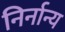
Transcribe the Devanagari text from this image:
निर्नान्य